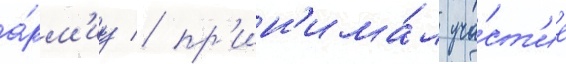
а́рм'иу / пр'ин'има́л уча́ст'ие